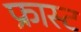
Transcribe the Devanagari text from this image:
फ्रास्ट